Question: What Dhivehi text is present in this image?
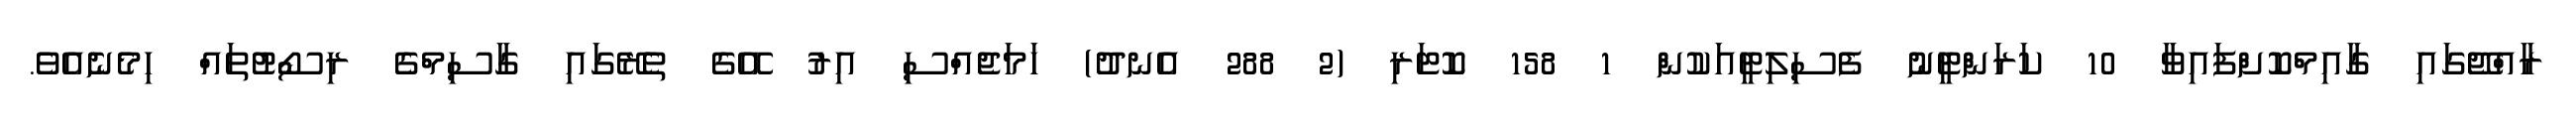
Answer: ރާއްޖޭގައި ގާއިމްކޮށްފައިވާ 10 ކަރަންޓީނު ފެސިލިޓީއަކުން 1 158 ކޮޓަރި (2 288 އެނދު) ހަމަޖެއްސި އިރު އޭގެ ތެރޭގައި ގާސިމްގެ ރިސޯޓުތައް ހިމެނެއެވެ.